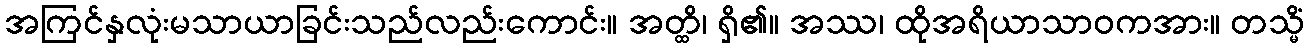
အကြင်နှလုံးမသာယာခြင်းသည်လည်းကောင်း။ အတ္ထိ၊ ရှိ၏။ အဿ၊ ထိုအရိယာသာဝကအား။ တသ္မိံ